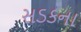
સડકના